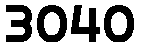
3040